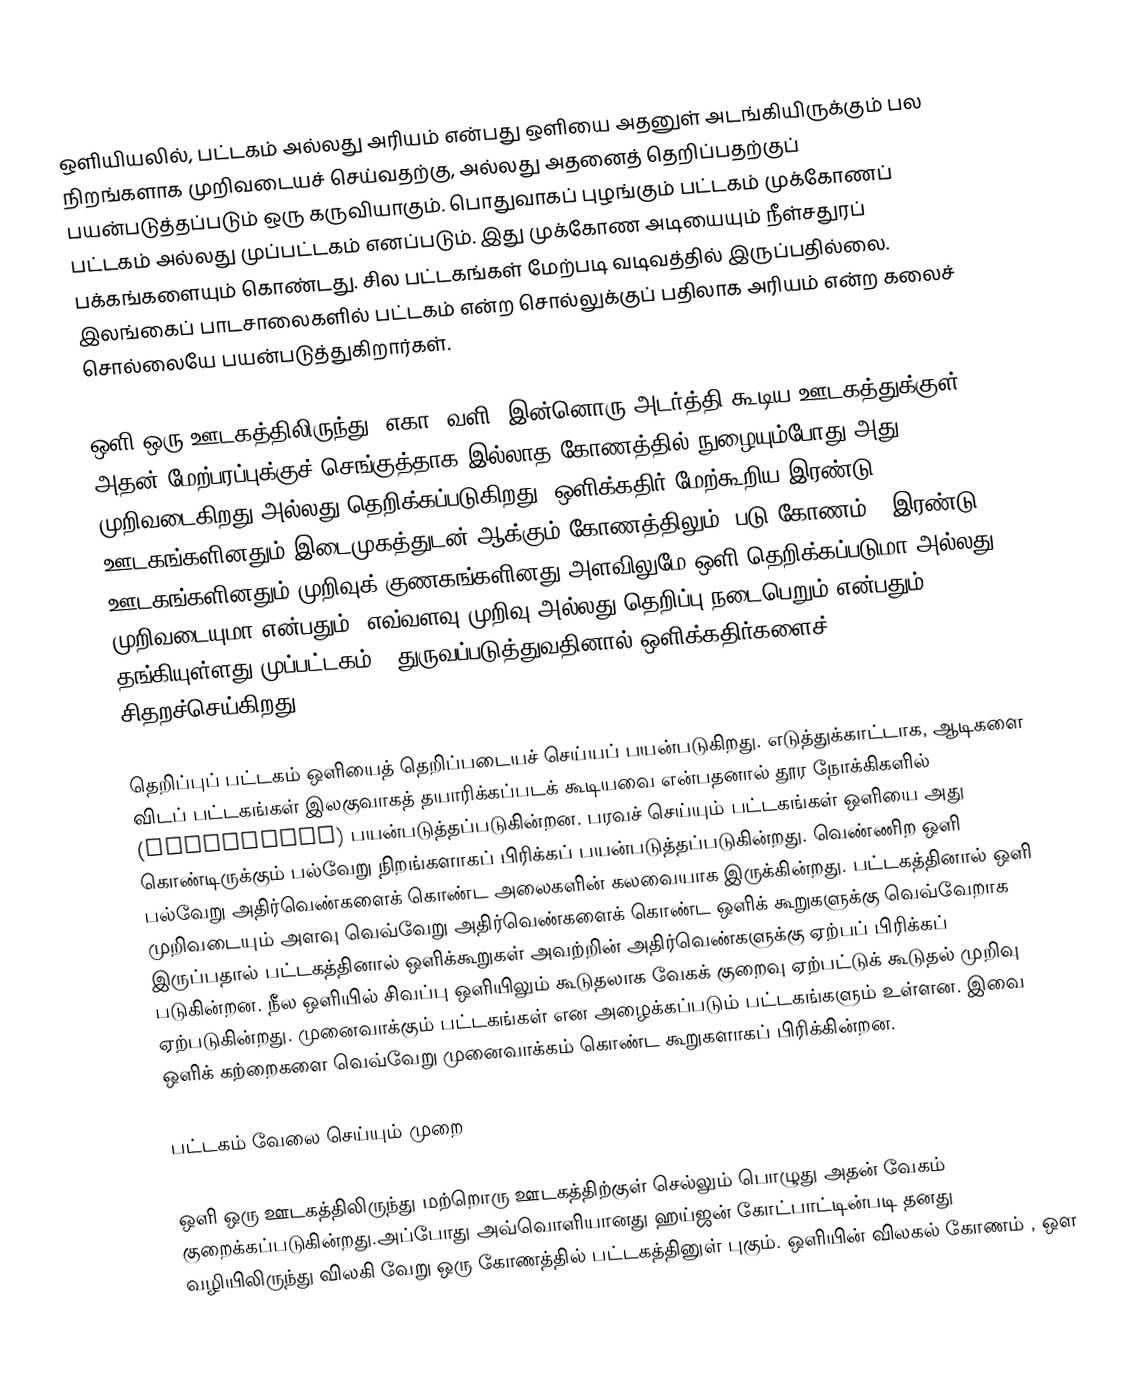
ஒளியியலில், பட்டகம் அல்லது அரியம் என்பது ஒளியை அதனுள் அடங்கியிருக்கும் பல நிறங்களாக முறிவடையச் செய்வதற்கு, அல்லது அதனைத் தெறிப்பதற்குப் பயன்படுத்தப்படும் ஒரு கருவியாகும். பொதுவாகப் புழங்கும் பட்டகம் முக்கோணப் பட்டகம் அல்லது முப்பட்டகம் எனப்படும். இது முக்கோண அடியையும் நீள்சதுரப் பக்கங்களையும் கொண்டது. சில பட்டகங்கள் மேற்படி வடிவத்தில் இருப்பதில்லை. இலங்கைப் பாடசாலைகளில் பட்டகம் என்ற சொல்லுக்குப் பதிலாக அரியம் என்ற கலைச் சொல்லையே பயன்படுத்துகிறார்கள்.

ஒளி ஒரு ஊடகத்திலிருந்து (எகா: வளி) இன்னொரு அடர்த்தி கூடிய ஊடகத்துக்குள் அதன் மேற்பரப்புக்குச் செங்குத்தாக இல்லாத கோணத்தில் நுழையும்போது அது முறிவடைகிறது அல்லது தெறிக்கப்படுகிறது. ஒளிக்கதிர் மேற்கூறிய இரண்டு ஊடகங்களினதும் இடைமுகத்துடன் ஆக்கும் கோணத்திலும் (படு கோணம்), இரண்டு ஊடகங்களினதும் முறிவுக் குணகங்களினது அளவிலுமே ஒளி தெறிக்கப்படுமா அல்லது முறிவடையுமா என்பதும், எவ்வளவு முறிவு அல்லது தெறிப்பு நடைபெறும் என்பதும் தங்கியுள்ளது.முப்பட்டகம் , துருவப்படுத்துவதினால் ஒளிக்கதிர்களைச் சிதறச்செய்கிறது.

தெறிப்புப் பட்டகம் ஒளியைத் தெறிப்படையச் செய்யப் பயன்படுகிறது. எடுத்துக்காட்டாக, ஆடிகளை விடப் பட்டகங்கள் இலகுவாகத் தயாரிக்கப்படக் கூடியவை என்பதனால் தூர நோக்கிகளில் (binoculars) பயன்படுத்தப்படுகின்றன. பரவச் செய்யும் பட்டகங்கள் ஒளியை அது கொண்டிருக்கும் பல்வேறு நிறங்களாகப் பிரிக்கப் பயன்படுத்தப்படுகின்றது. வெண்ணிற ஒளி பல்வேறு அதிர்வெண்களைக் கொண்ட அலைகளின் கலவையாக இருக்கின்றது. பட்டகத்தினால் ஒளி முறிவடையும் அளவு வெவ்வேறு அதிர்வெண்களைக் கொண்ட ஒளிக் கூறுகளுக்கு வெவ்வேறாக இருப்பதால் பட்டகத்தினால் ஒளிக்கூறுகள் அவற்றின் அதிர்வெண்களுக்கு ஏற்பப் பிரிக்கப் படுகின்றன. நீல ஒளியில் சிவப்பு ஒளியிலும் கூடுதலாக வேகக் குறைவு ஏற்பட்டுக் கூடுதல் முறிவு ஏற்படுகின்றது. முனைவாக்கும் பட்டகங்கள் என அழைக்கப்படும் பட்டகங்களும் உள்ளன. இவை ஒளிக் கற்றைகளை வெவ்வேறு முனைவாக்கம் கொண்ட கூறுகளாகப் பிரிக்கின்றன.

பட்டகம் வேலை செய்யும் முறை

ஒளி ஒரு ஊடகத்திலிருந்து மற்றொரு ஊடகத்திற்குள் செல்லும் பொழுது அதன் வேகம் குறைக்கப்படுகின்றது.அப்போது அவ்வொளியானது ஹய்ஜன் கோட்பாட்டின்படி தனது வழியிலிருந்து விலகி வேறு ஒரு கோணத்தில் பட்டகத்தினுள் புகும். ஒளியின் விலகல் கோணம் , ஒள